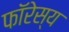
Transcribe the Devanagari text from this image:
फॉरेस्य